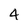
Character: 4